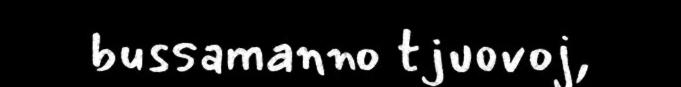
bussamanno tjuovoj,